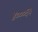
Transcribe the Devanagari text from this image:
४०००६५